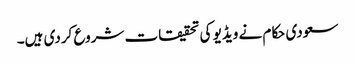
سعودی حکام نے ویڈیو کی تحقیقات شروع کردی ہیں۔